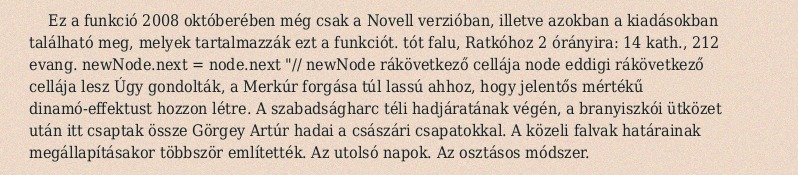
Ez a funkció 2008 októberében még csak a Novell verzióban, illetve azokban a kiadásokban található meg, melyek tartalmazzák ezt a funkciót. tót falu, Ratkóhoz 2 órányira: 14 kath., 212 evang. newNode.next = node.next "// newNode rákövetkező cellája node eddigi rákövetkező cellája lesz Úgy gondolták, a Merkúr forgása túl lassú ahhoz, hogy jelentős mértékű dinamó-effektust hozzon létre. A szabadságharc téli hadjáratának végén, a branyiszkói ütközet után itt csaptak össze Görgey Artúr hadai a császári csapatokkal. A közeli falvak határainak megállapításakor többször említették. Az utolsó napok. Az osztásos módszer.